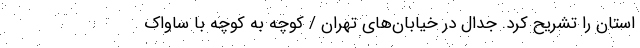
استان را تشریح کرد. جدال در خیابان‌های تهران / کوچه به کوچه با ساواک